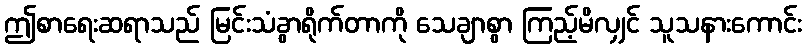
ဤစာရေးဆရာသည် မြင်းသံခွာရိုက်တာကို သေချာစွာ ကြည့်မိလျှင် သူသနားကောင်း